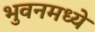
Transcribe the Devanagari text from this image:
भुवनमध्ये